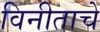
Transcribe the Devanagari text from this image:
विनीताचे